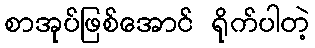
စာအုပ်ဖြစ်အောင် ရိုက်ပါတဲ့